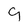
Character: 9